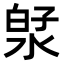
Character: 𬇻